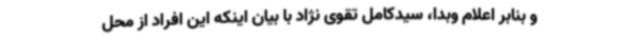
و بنابر اعلام وبدا، سیدکامل تقوی نژاد با بیان اینکه این افراد از محل